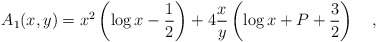
\begin{align*}A_1(x,y)=x^2\left(\log x -\frac 12\right)+4 \frac xy \left(\log x+ P + \frac 32\right)~~~,\end{align*}